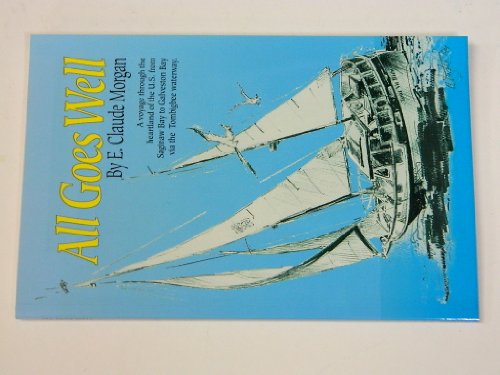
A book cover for All goes well: A voyage through the heartland of the U.S. from Saginaw Bay to Galveston Bay via the Tombigbee waterway; E. Claude Morgan; Travel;